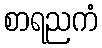
စာရညကံ